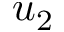
u _ { 2 }